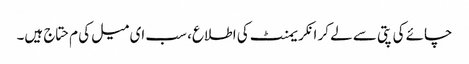
چائے کی پتی سے لے کر انکریمنٹ کی اطلاع، سب ای میل کی م حتاج ہیں۔